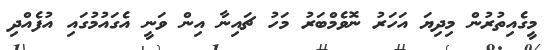
މީގެއިތުރުން މިދިޔަ އަހަރު ނޮވެމްބަރު މަހު ޗައިނާ އިން ވަނީ އެގައުމުގައި އުފެއްދި